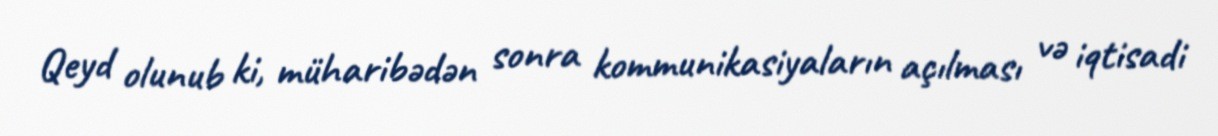
Qeyd olunub ki, müharibədən sonra kommunikasiyaların açılması və iqtisadi